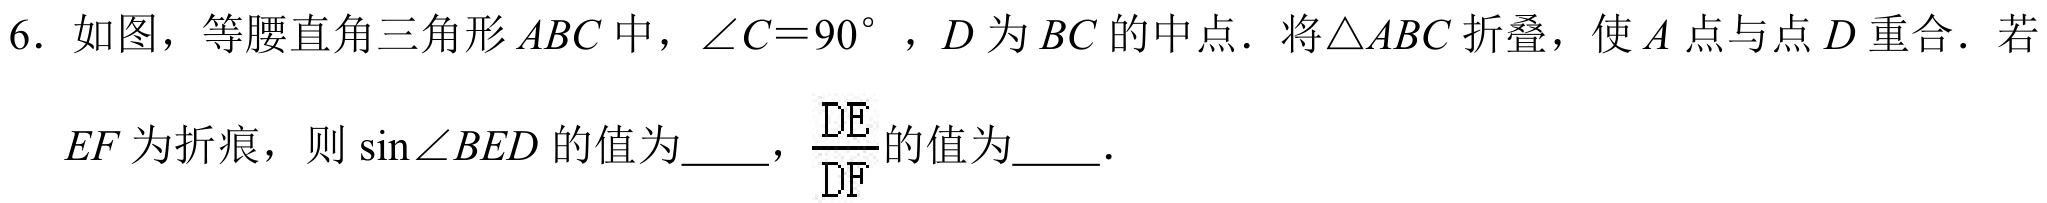
6. 如图，等腰直角三角形\(ABC\)中，\(\angle C = 90^{\circ}\)，\(D\)为\(BC\)的中点．将\(\triangle ABC\)折叠，使\(A\)点与点\(D\)重合．若

\(EF\)为折痕，则\(\sin\angle BED\)的值为  ，\(\frac{DE}{DF}\)的值为  ．